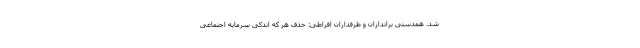
شد. همدستی براندازان و طرفداران افراطی: حذف هر که اندکی سرمایه اجتماعی